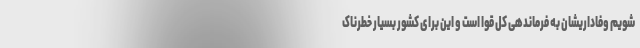
شویم وفاداریشان به فرماندهی کل قوا است و این برای کشور بسیار خطرناک